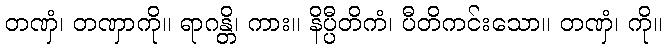
တဏှံ၊ တဏှာကို။ ရာဂန္တိ၊ ကား။ နိပ္ပီတိကံ၊ ပီတိကင်းသော။ တဏှံ၊ ကို။